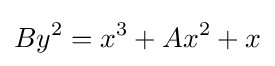
By^{2}=x^{3}+Ax^{2}+x